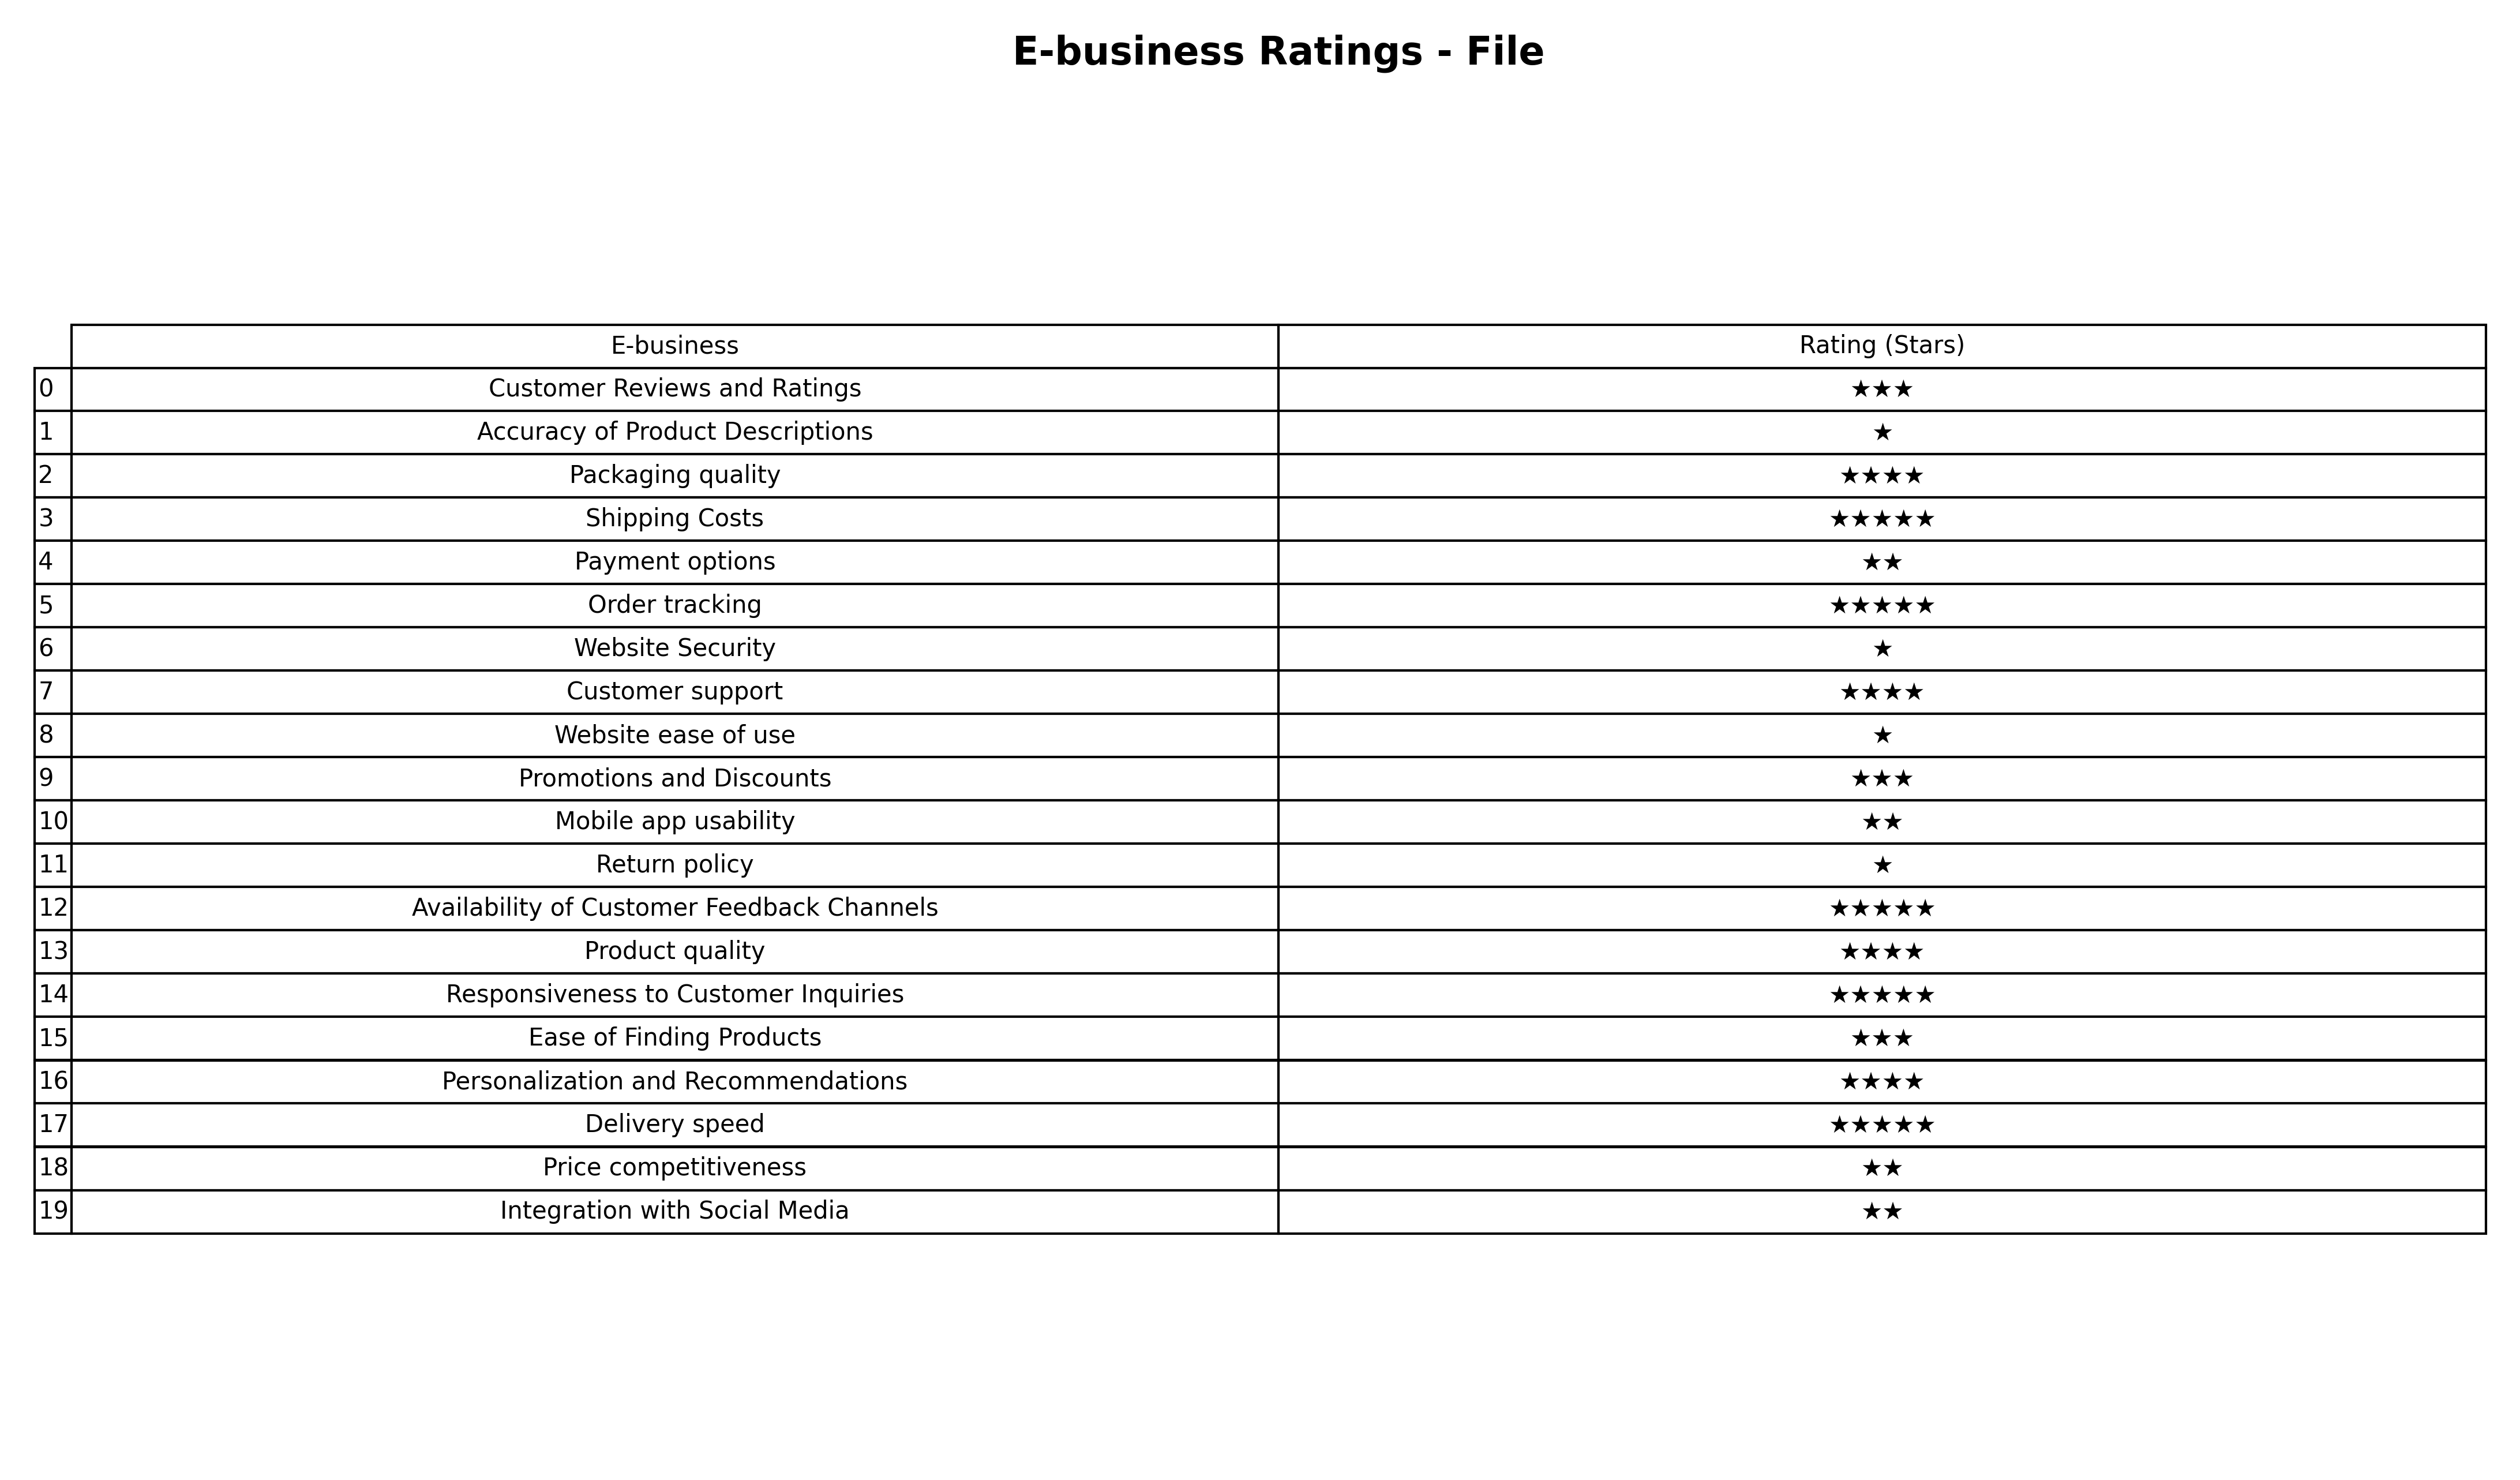
question: What are five star services?
answer: Shipping CostsOrder trackingAvailability of Customer Feedback ChannelsResponsiveness to Customer InquiriesDelivery speed